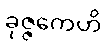
ခုဇ္ဇကေဟိ